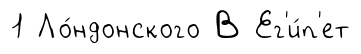
1 Ло́ндонского В Ег'и́п'ет